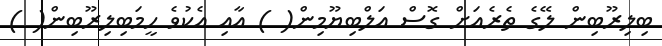
ބިލިރޫބިން ލޭގެ ތެރެއަށް ގޮސް އަލްބިޔޫމިން( ) އާއި އެކުވެ ހީމަބިލިރޫބިން( )